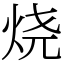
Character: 烧